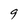
Character: 9